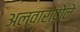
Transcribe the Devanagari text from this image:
अल्वारादोने